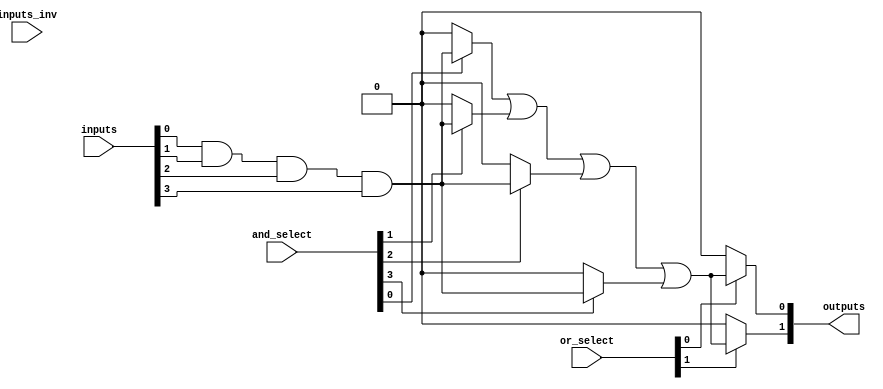
module PLA #(
    parameter N = 4, // Number of inputs
    parameter M = 2, // Number of outputs
    parameter P = 4  // Number of AND gates
)(
    input  [N-1:0] inputs,        // Input lines
    input  [N-1:0] inputs_inv,    // Inverted inputs (for programmability)
    input  [P-1:0] and_select,     // Select lines for AND gates
    input  [M-1:0] or_select,      // Select lines for OR gates
    output [M-1:0] outputs         // Output lines
);

    // Intermediate signals for AND gates
    wire [P-1:0] and_out;

    // AND Plane: Each AND gate can be programmed to select inputs
    genvar i;
    generate
        for (i = 0; i < P; i = i + 1) begin : and_gate
            assign and_out[i] = (and_select[i] == 1'b1) ? (inputs[0] & inputs[1] & inputs[2] & inputs[3]) : 1'b0;
            // Here you can customize the AND gate logic based on your needs
            // For example, you can create specific product terms based on the select lines
        end
    endgenerate

    // OR Plane: Each OR gate can be programmed to select outputs from AND gates
    genvar j;
    generate
        for (j = 0; j < M; j = j + 1) begin : or_gate
            assign outputs[j] = (or_select[j] == 1'b1) ? (and_out[0] | and_out[1] | and_out[2] | and_out[3]) : 1'b0;
            // Customize the OR gate logic based on your needs
        end
    endgenerate

endmodule